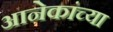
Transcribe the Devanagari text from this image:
आनेकांच्या